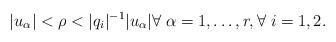
LaTeX: \begin{align*} |u_\alpha| < \rho < |q_i|^{-1} |u_\alpha| \forall\; \alpha = 1,\dots, r, \forall \; i =1,2. \end{align*}